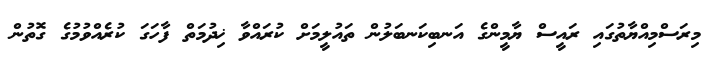
މިރަސްމިއްޔާތުގައި ރައީސް ޔާމީންގެ އަނބިކަނބަލުން ތައުލީމަށް ކުރައްވާ ޚިދުމަތް ފާހަގަ ކުރެއްވުމުގެ ގޮތުން